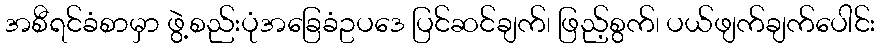
အစီရင်ခံစာမှာ ဖွဲ့စည်းပုံအခြေခံဥပဒေ ပြင်ဆင်ချက်၊ ဖြည့်စွက်၊ ပယ်ဖျက်ချက်ပေါင်း